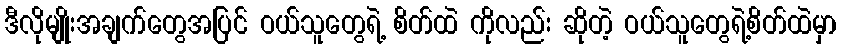
ဒီလိုမျိုးအချက်တွေအပြင် ဝယ်သူတွေရဲ့ စိတ်ထဲ ကိုလည်း ဆိုတဲ့ ဝယ်သူတွေရဲ့စိတ်ထဲမှာ